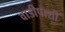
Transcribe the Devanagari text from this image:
वाडीपाशी